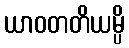
ယာဝတတိယမ္ပိ